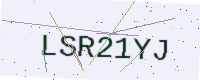
Text: LSR21YJ